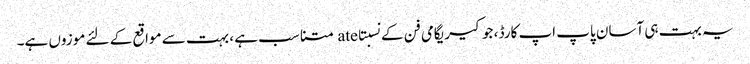
یہ بہت ہی آسان پاپ اپ کارڈ ، جو کیریگامی فن کے نسبتاate متناسب ہے ، بہت سے مواقع کے لئے موزوں ہے۔